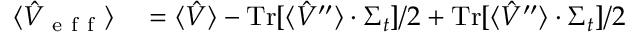
\begin{array} { r l } { \langle \hat { V } _ { \mathrm { ~ e ~ f ~ f ~ } } \rangle } & { { } = \langle \hat { V } \rangle - \operatorname { T r } [ \langle \hat { V } ^ { \prime \prime } \rangle \cdot \Sigma _ { t } ] / 2 + \operatorname { T r } [ \langle \hat { V } ^ { \prime \prime } \rangle \cdot \Sigma _ { t } ] / 2 } \end{array}